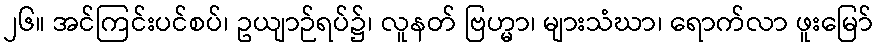
၂၆။ အင်ကြင်းပင်စပ်၊ ဥယျာဉ်ရပ်၌၊ လူနတ် ဗြဟ္မာ၊ များသံဃာ၊ ရောက်လာ ဖူးမြော်